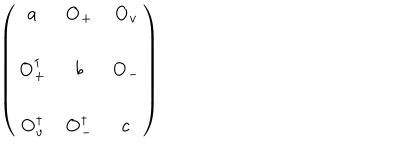
\left( \begin{array} { c c c } { { a } } & { { { \bf O } _ { + } } } & { { { \bf O } _ { v } } } \\ { { } } & { { } } & { { } } \\ { { { \bf O } _ { + } ^ { \dagger } } } & { { b } } & { { { \bf O } _ { - } } } \\ { { } } & { { } } & { { } } \\ { { { \bf O } _ { v } ^ { \dagger } } } & { { { \bf O } _ { - } ^ { \dagger } } } & { { c } } \\ \end{array} \right)